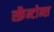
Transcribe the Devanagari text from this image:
स्क्रैन्टोन्स